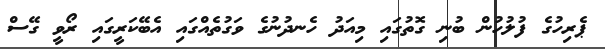
ޕެރިހުގެ ފުލުހުން ބުނި ގޮތުގައި މިއަދު ހެނދުނުގެ ވަގުތެއްގައި އެބޭކަރީގައި ރޯވީ ގޭސް